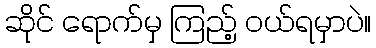
ဆိုင် ရောက်မှ ကြည့် ဝယ်ရမှာပဲ။